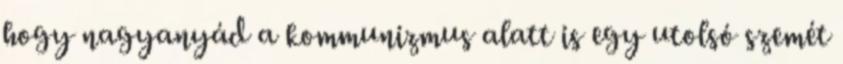
hogy nagyanyád a kommunizmus alatt is egy utolsó szemét